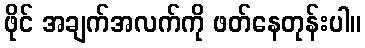
ဖိုင် အချက်အလက်ကို ဖတ်နေတုန်းပါ။